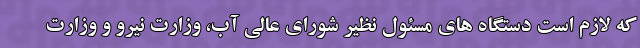
که لازم است دستگاه های مسئول نظیر شورای عالی آب، وزارت نیرو و وزارت